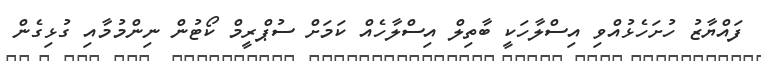
ފައްޔާޒު ހުށަހެޅުއްވި އިސްލާހަކީ ބާތިލް އިސްލާހެއް ކަމަށް ސުޕްރީމް ކޯޓުން ނިންމުމާއި ގުޅިގެން